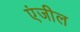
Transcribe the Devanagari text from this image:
एंजील